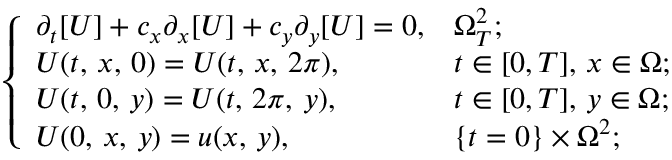
\left\{ \begin{array} { l l } { \partial _ { t } [ U ] + c _ { x } \partial _ { x } [ U ] + c _ { y } \partial _ { y } [ U ] = 0 , } & { \Omega _ { T } ^ { 2 } ; } \\ { U ( t , \, x , \, 0 ) = U ( t , \, x , \, 2 \pi ) , } & { t \in [ 0 , T ] , \, x \in \Omega ; } \\ { U ( t , \, 0 , \, y ) = U ( t , \, 2 \pi , \, y ) , } & { t \in [ 0 , T ] , \, y \in \Omega ; } \\ { U ( 0 , \, x , \, y ) = u ( x , \, y ) , } & { \{ t = 0 \} \times \Omega ^ { 2 } ; } \end{array} \right.